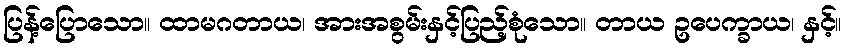
ပြန့်ပြောသော။ ထာမဂတာယ၊ အားအစွမ်းနှင့်ပြည့်စုံသော။ တာယ ဥပေက္ခာယ၊ နှင့်။